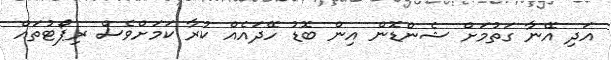
އަދި އޭނާ ގަތުމަށް ޝެންޑޮން އިން ބޮޑު ހޭދައެއް ކުރާ ކަމަށްވެސް ރިޕޯޓުތައް